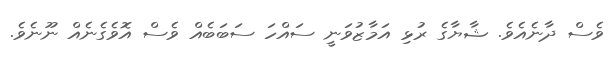
ވެސް ދާނެއެވެ. ޝާޔާގެ ރުޅި އަމާޒުވަނީ ސައްހަ ސަބަބެއް ވެސް އޮވެގެނެއް ނޫނެވެ.